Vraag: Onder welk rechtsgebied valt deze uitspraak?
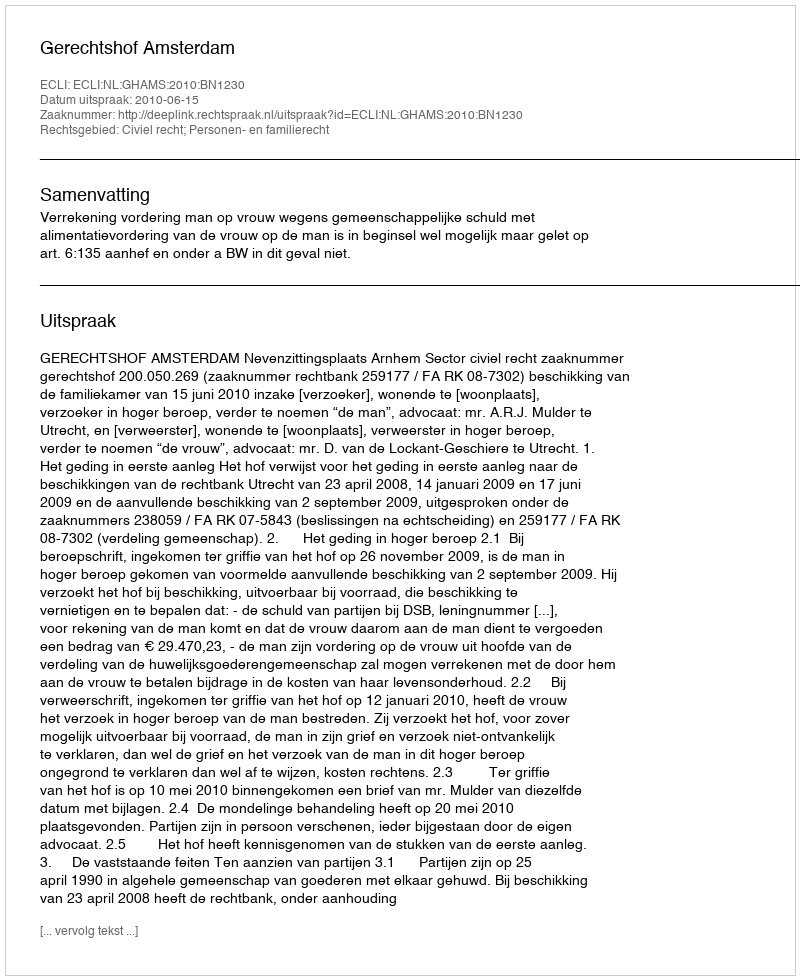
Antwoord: Civiel recht; Personen- en familierecht